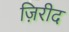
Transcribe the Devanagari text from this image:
ज़िरीद